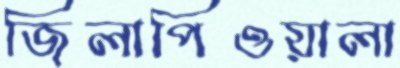
জিলাপিওয়ালা